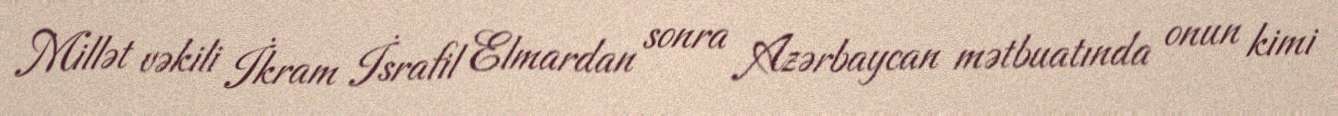
Millət vəkili İkram İsrafil Elmardan sonra Azərbaycan mətbuatında onun kimi